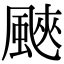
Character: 䬊